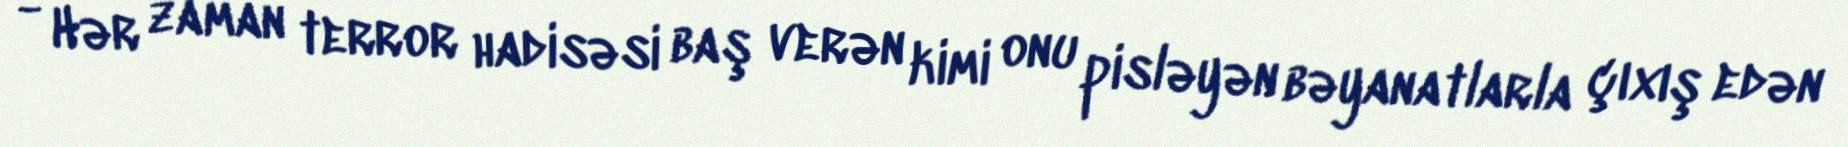
- Hər zaman terror hadisəsi baş verən kimi onu pisləyən bəyanatlarla çıxış edən